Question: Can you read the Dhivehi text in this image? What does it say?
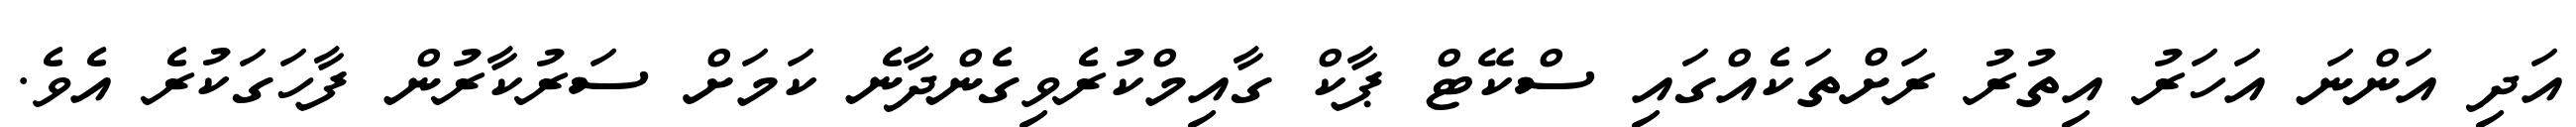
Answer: އަދި އަންނަ އަހަރު އިތުރު ރަށްތަކެއްގައި ސްކޭޓް ޕާކް ގާއިމްކުރެވިގެންދާނެ ކަމަށް ސަރުކާރުން ފާހަގަކުރެ އެވެ.